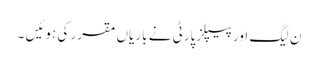
ن لیگ اور پیپلز پارٹی نے باریاں مقرر کی ہوئیں ۔